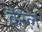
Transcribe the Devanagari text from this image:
वैरेल